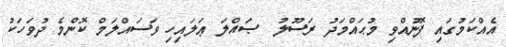
އެއްކަމުގައި ފޮނުއްވި މުޙައްމަދު ރަސޫލު  ޞައްލަ ޢަލައިހި ވަސައްލަމް ކޮންމެ ދުވަހަކު